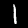
Digit: 1